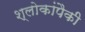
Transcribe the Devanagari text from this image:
श्लोकांपैकी